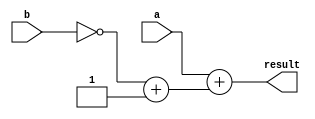
module subtractor (a, b, result);
input [7:0] a, b;
output reg [7:0] result;
reg [7:0] neg_b;
always @ (a or b)
begin
 neg_b = ~b + 1;
result = a + neg_b;
end
endmodule